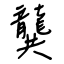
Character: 龔